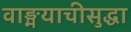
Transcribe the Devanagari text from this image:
वाङ्मयाचीसुद्धा